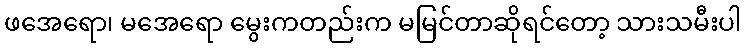
ဖအေရော၊ မအေရော မွေးကတည်းက မမြင်တာဆိုရင်တော့ သားသမီးပါ